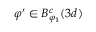
\varphi ^ { \prime } \in B _ { \varphi _ { 1 } } ^ { c } ( 3 d )